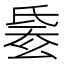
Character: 𣱋